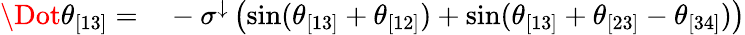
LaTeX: \begin{array}{rl}{\Dot{\theta}_{[13]}=}&{{}-\sigma^{\downarrow}\left(\sin(\theta_{[13]}+\theta_{[12]})+\sin(\theta_{[13]}+\theta_{[23]}-\theta_{[34]})\right)}\end{array}